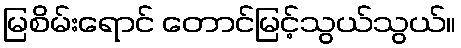
မြစိမ်းရောင် တောင်မြင့်သွယ်သွယ်။